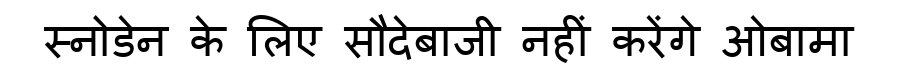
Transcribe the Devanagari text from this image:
स्नोडेन के लिए सौदेबाजी नहीं करेंगे ओबामा